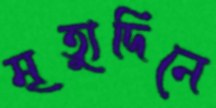
মৃত্যুদিনে